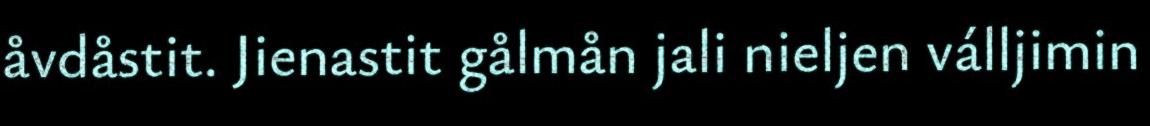
åvdåstit. Jienastit gålmån jali nieljen válljimin